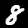
Label: 8